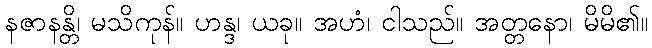
နဇာနန္တိ၊ မသိကုန်။ ဟန္ဒ၊ ယခု။ အဟံ၊ ငါသည်။ အတ္တနော၊ မိမိ၏။